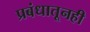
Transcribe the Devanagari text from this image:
प्रबंधातूनही